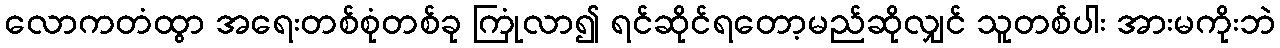
လောကတံထွာ အရေးတစ်စုံတစ်ခု ကြုံလာ၍ ရင်ဆိုင်ရတော့မည်ဆိုလျှင် သူတစ်ပါး အားမကိုးဘဲ